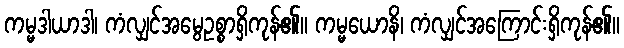
ကမ္မဒါယာဒါ၊ ကံလျှင်အမွေဥစ္စာရှိကုန်၏။ ကမ္မယောနိ၊ ကံလျှင်အကြောင်းရှိကုန်၏။